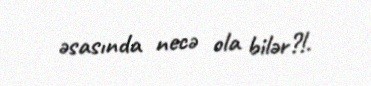
əsasında necə ola bilər?!.